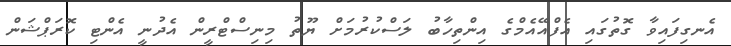
އެނގިފައިވާ ގޮތުގައި އެފްއޭއެމްގެ އިންތިހާބު ލަސްކުރުމަށް ޔޫތު މިނިސްޓްރީން އެދުނީ އެންޓި ކޮރަޕްޝަން